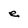
Character: e